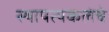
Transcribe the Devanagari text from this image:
स्थापत्यकलेचे